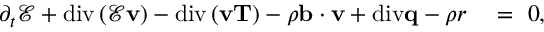
\begin{array} { r l } { \partial _ { t } \mathscr { E } + \mathrm { d i v } \left( \mathscr { E } \mathbf { v } \right) - \mathrm { d i v } \left( \mathbf { v } \mathbf { T } \right) - \rho \mathbf { b } \cdot \mathbf { v } + \mathrm { d i v } \mathbf { q } - \rho r } & { { } = ~ 0 , } \end{array}